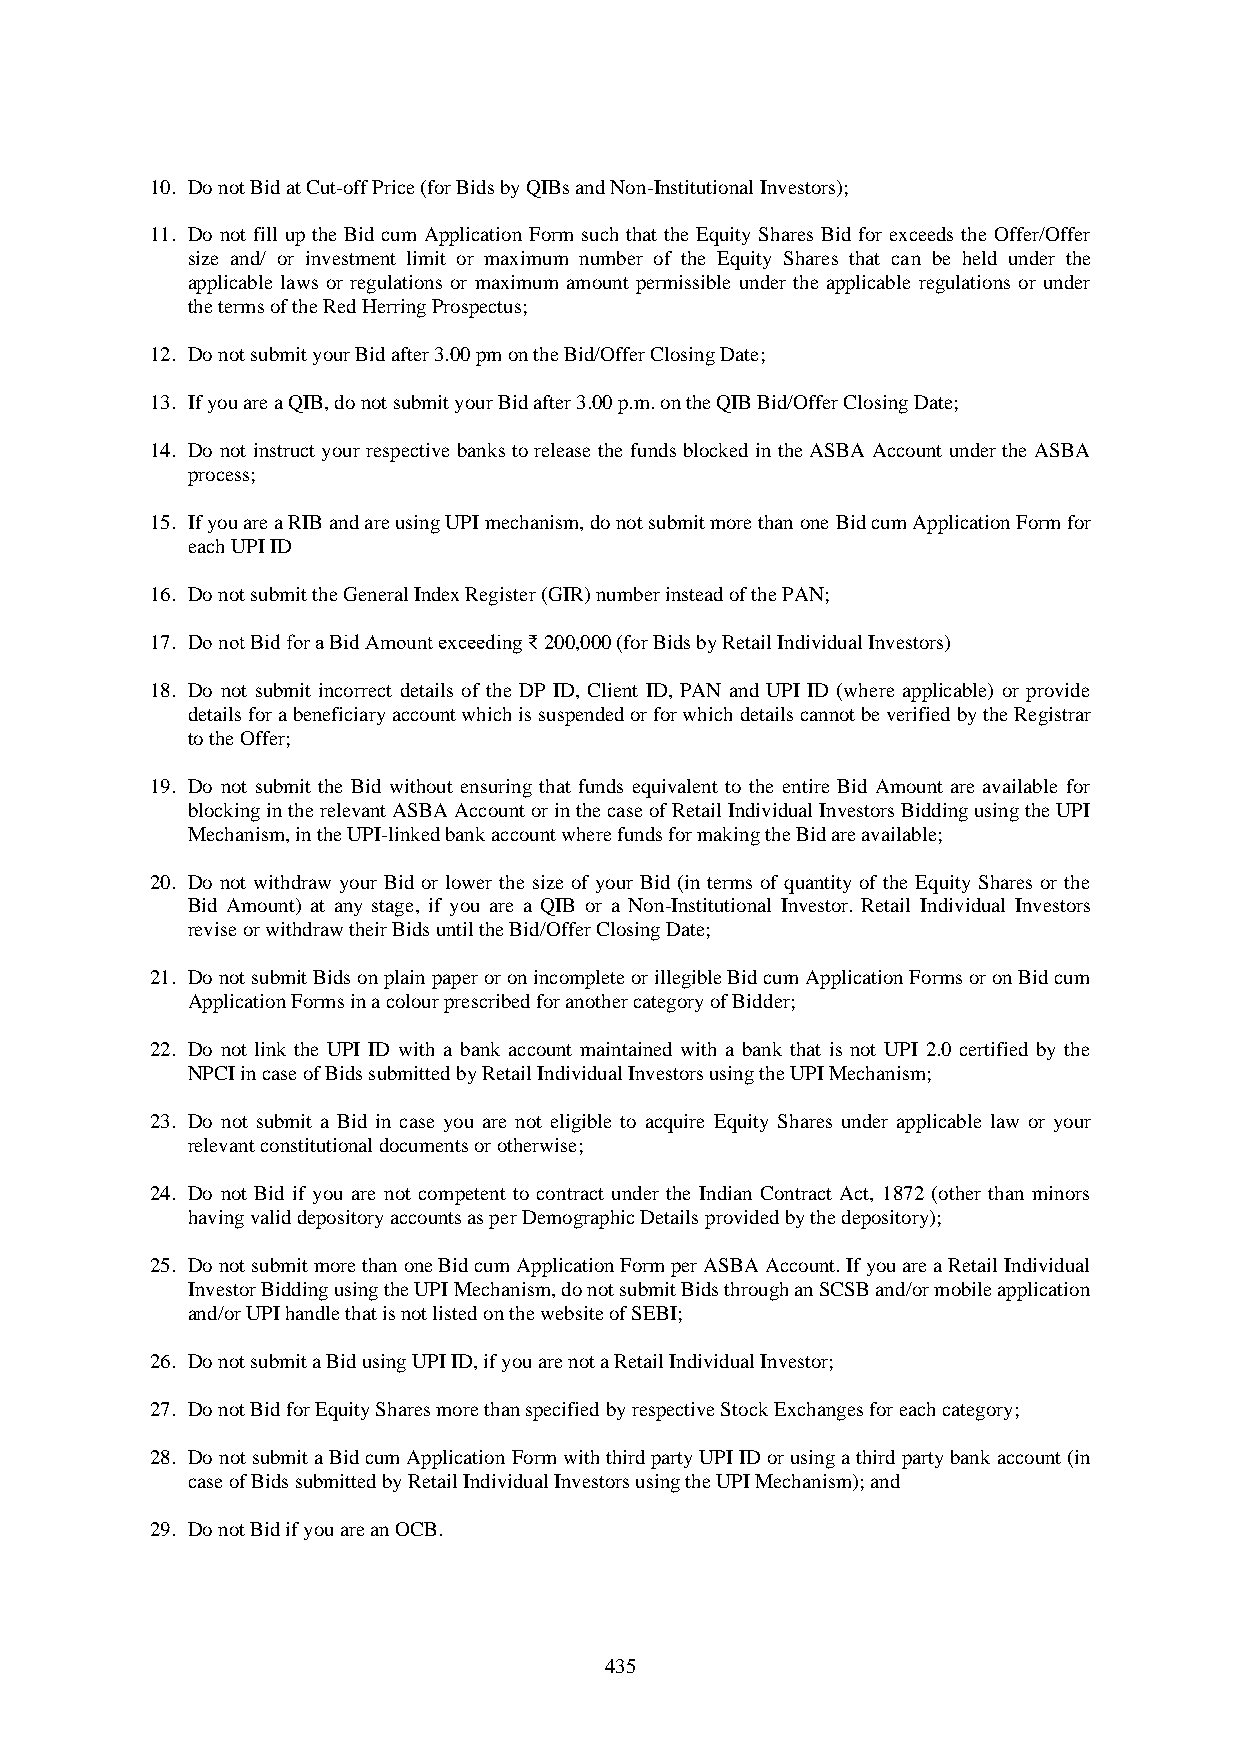
10. Do not Bid at Cut-off Price (for Bids by QIBs and Non-Institutional Investors);
 11. Do not fill up the Bid cum Application Form such that the Equity Shares Bid for exceeds the Offer/Offer
 size and/ or investment limit or maximum number of the Equity Shares that can be held under the
 applicable laws or regulations or maximum amount permissible under the applicable regulations or under
 the terms of the Red Herring Prospectus;
 12. Do not submit your Bid after 3.00 pm on the Bid/Offer Closing Date;
 13. If you are a QIB, do not submit your Bid after 3.00 p.m. on the QIB Bid/Offer Closing Date;
 14. Do not instruct your respective banks to release the funds blocked in the ASBA Account under the ASBA
 process;
 15. If you are a RIB and are using UPI mechanism, do not submit more than one Bid cum Application Form for
 each UPI ID
 16. Do not submit the General Index Register (GIR) number instead of the PAN;
 17. Do not Bid for a Bid Amount exceeding ₹ 200,000 (for Bids by Retail Individual Investors)
 18. Do not submit incorrect details of the DP ID, Client ID, PAN and UPI ID (where applicable) or provide
 details for a beneficiary account which is suspended or for which details cannot be verified by the Registrar
 to the Offer;
 19. Do not submit the Bid without ensuring that funds equivalent to the entire Bid Amount are available for
 blocking in the relevant ASBA Account or in the case of Retail Individual Investors Bidding using the UPI
 Mechanism, in the UPI-linked bank account where funds for making the Bid are available;
 20. Do not withdraw your Bid or lower the size of your Bid (in terms of quantity of the Equity Shares or the
 Bid Amount) at any stage, if you are a QIB or a Non-Institutional Investor. Retail Individual Investors
 revise or withdraw their Bids until the Bid/Offer Closing Date;
 21. Do not submit Bids on plain paper or on incomplete or illegible Bid cum Application Forms or on Bid cum
 Application Forms in a colour prescribed for another category of Bidder;
 22. Do not link the UPI ID with a bank account maintained with a bank that is not UPI 2.0 certified by the
 NPCI in case of Bids submitted by Retail Individual Investors using the UPI Mechanism;
 23. Do not submit a Bid in case you are not eligible to acquire Equity Shares under applicable law or your
 relevant constitutional documents or otherwise;
 24. Do not Bid if you are not competent to contract under the Indian Contract Act, 1872 (other than minors
 having valid depository accounts as per Demographic Details provided by the depository);
 25. Do not submit more than one Bid cum Application Form per ASBA Account. If you are a Retail Individual
 Investor Bidding using the UPI Mechanism, do not submit Bids through an SCSB and/or mobile application
 and/or UPI handle that is not listed on the website of SEBI;
 26. Do not submit a Bid using UPI ID, if you are not a Retail Individual Investor;
 27. Do not Bid for Equity Shares more than specified by respective Stock Exchanges for each category;
 28. Do not submit a Bid cum Application Form with third party UPI ID or using a third party bank account (in
 case of Bids submitted by Retail Individual Investors using the UPI Mechanism); and
 29. Do not Bid if you are an OCB.
 435